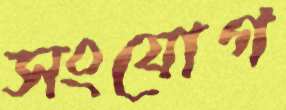
সংযোগ